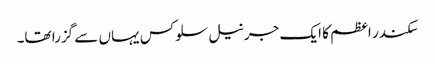
سکندر اعظم کا ایک جرنیل سلوکس یہاں سے گزرا تھا۔